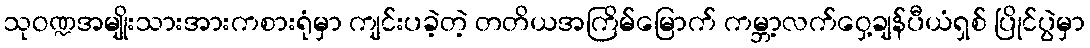
သုဝဏ္ဍအမျိုးသားအားကစားရုံမှာ ကျင်းပခဲ့တဲ့ တတိယအကြိမ်မြောက် ကမ္ဘာ့လက်ဝှေ့ချန်ပီယံရှစ် ပြိုင်ပွဲမှာ